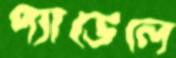
প্যাডেলে